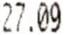
27.09